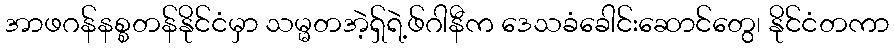
အာဖဂန်နစ္စတန်နိုင်ငံမှာ သမ္မတအဲ့ရှ်ရဲ့ဖ်ဂါနီက ဒေသခံခေါင်းဆောင်တွေ၊ နိုင်ငံတကာ